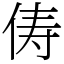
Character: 俦